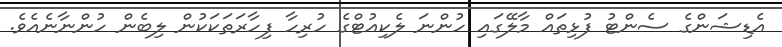
އެޑިޝަންގެ ސެންޓު ފުޅިތައް މާލޭގައި ހުންނަ ލެކިއުޓްގެ ހުރިހާ ފިހާރަތަކަކުން ލިބެން ހުންނާނެއެވެ.